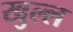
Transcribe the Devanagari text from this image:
खुल्ल